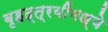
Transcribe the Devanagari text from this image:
बृहद्त्रयींमध्ये